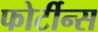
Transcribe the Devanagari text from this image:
फोर्टीन्स